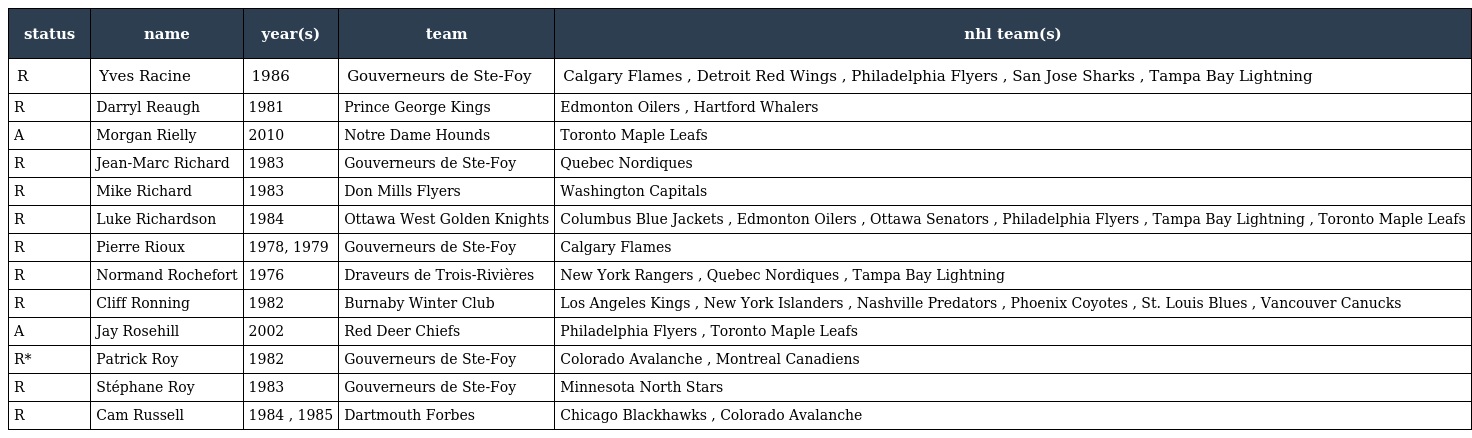
| status | name | year(s) | team | nhl team(s) |
 | --- | --- | --- | --- | --- |
 | R | Yves Racine | 1986 | Gouverneurs de Ste-Foy | Calgary Flames , Detroit Red Wings , Philadelphia Flyers , San Jose Sharks , Tampa Bay Lightning |
 | R | Darryl Reaugh | 1981 | Prince George Kings | Edmonton Oilers , Hartford Whalers |
 | A | Morgan Rielly | 2010 | Notre Dame Hounds | Toronto Maple Leafs |
 | R | Jean-Marc Richard | 1983 | Gouverneurs de Ste-Foy | Quebec Nordiques |
 | R | Mike Richard | 1983 | Don Mills Flyers | Washington Capitals |
 | R | Luke Richardson | 1984 | Ottawa West Golden Knights | Columbus Blue Jackets , Edmonton Oilers , Ottawa Senators , Philadelphia Flyers , Tampa Bay Lightning , Toronto Maple Leafs |
 | R | Pierre Rioux | 1978, 1979 | Gouverneurs de Ste-Foy | Calgary Flames |
 | R | Normand Rochefort | 1976 | Draveurs de Trois-Rivières | New York Rangers , Quebec Nordiques , Tampa Bay Lightning |
 | R | Cliff Ronning | 1982 | Burnaby Winter Club | Los Angeles Kings , New York Islanders , Nashville Predators , Phoenix Coyotes , St. Louis Blues , Vancouver Canucks |
 | A | Jay Rosehill | 2002 | Red Deer Chiefs | Philadelphia Flyers , Toronto Maple Leafs |
 | R* | Patrick Roy | 1982 | Gouverneurs de Ste-Foy | Colorado Avalanche , Montreal Canadiens |
 | R | Stéphane Roy | 1983 | Gouverneurs de Ste-Foy | Minnesota North Stars |
 | R | Cam Russell | 1984 , 1985 | Dartmouth Forbes | Chicago Blackhawks , Colorado Avalanche |